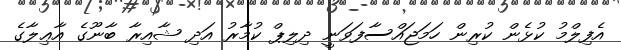
އެފިލްމު ކުޅެން ކުރިން ހަމަޖައްސާފަވަނީ ދިލިޕް ކުމާރު އަދި ޝާއިރާ ބާނޫގެ އާޢިލާގެ